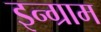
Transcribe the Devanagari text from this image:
इन्ग्राम